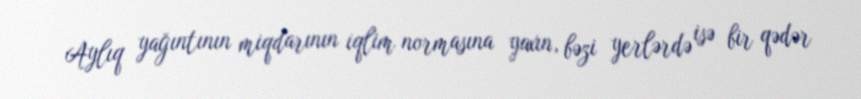
Aylıq yağıntının miqdarının iqlim normasına yaxın, bəzi yerlərdə isə bir qədər